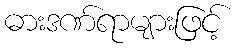
ဓားဒဏ်ရာများဖြင့်